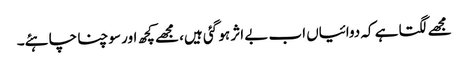
مجھے لگتا ہے کہ دوائیاں اب بے اثر ہو گئی ہیں، مجھے کچھ اور سوچنا چاہئے۔